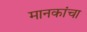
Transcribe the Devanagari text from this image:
मानकांचा